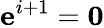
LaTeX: \textrm{\textbf{e}}^{i+1}=\textrm{\textbf{0}}